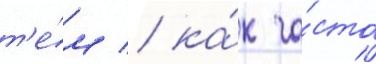
т'е́м / ка́к ча́сто